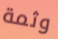
وثمة